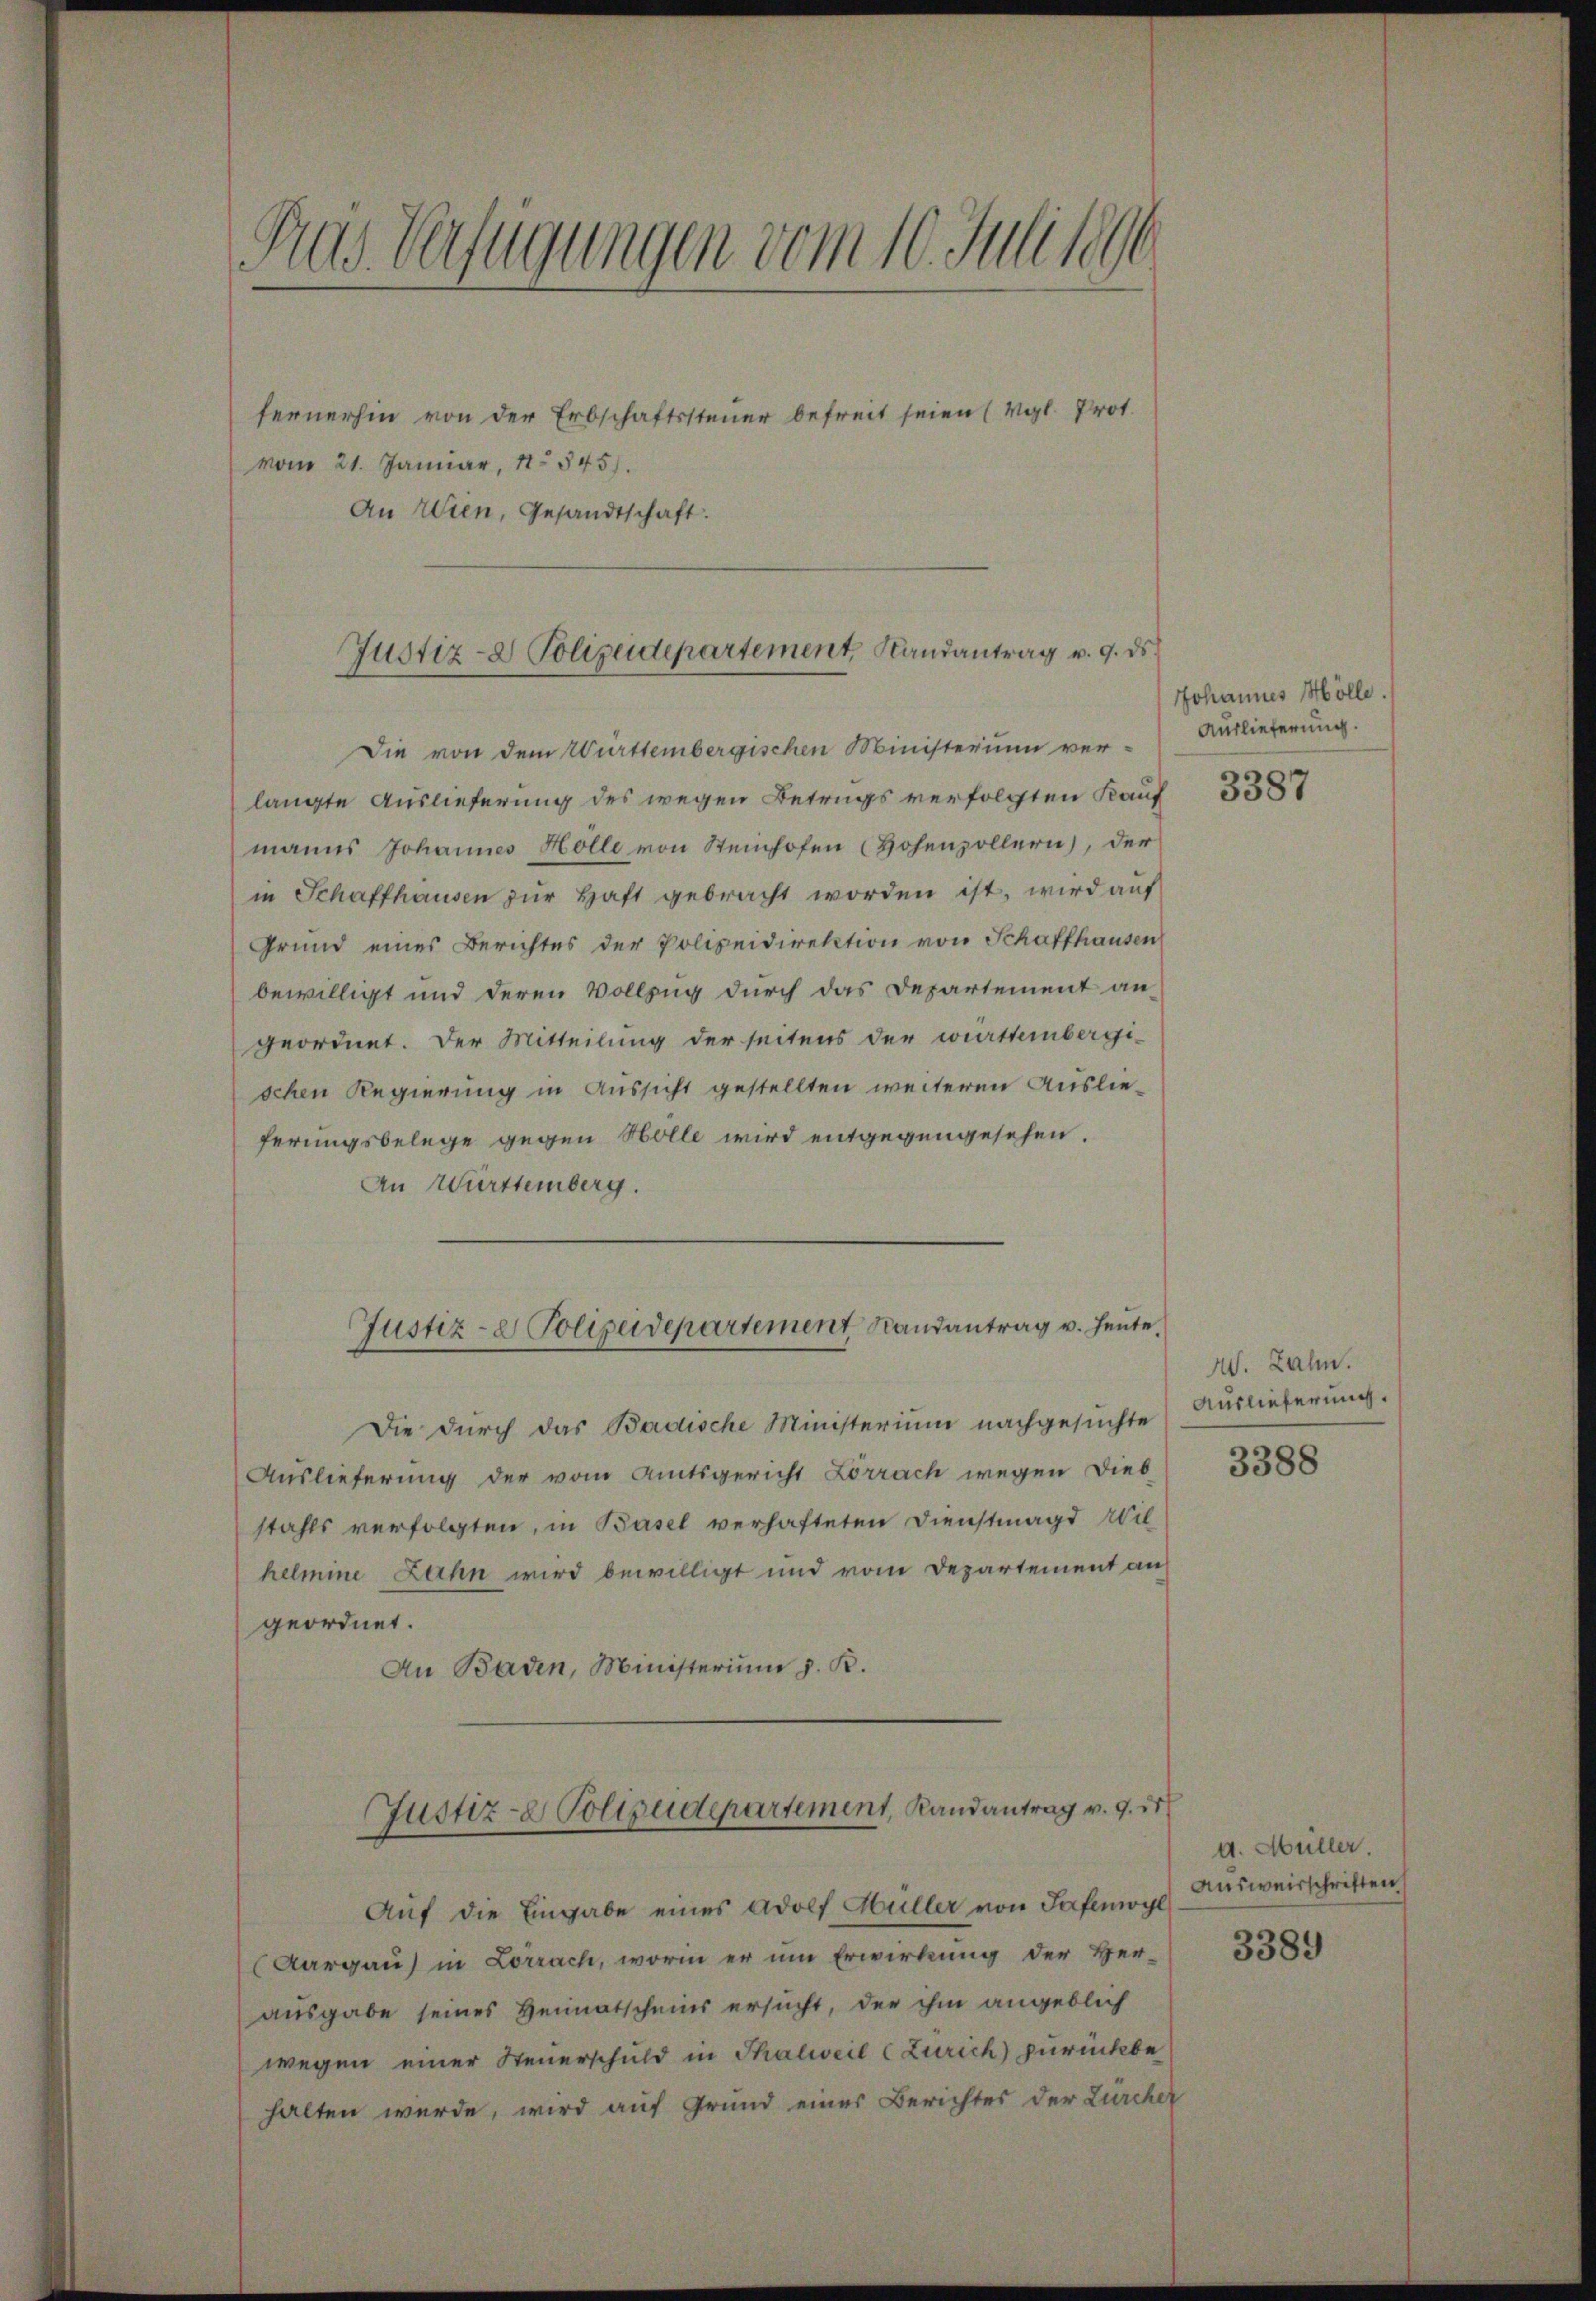
Pas Verfügungen vom 10. Juli 189

fernerhin von der Erbschaftssteuer befreit seien (Vgl. Prot.
vom 21. Januar, 1845).
An Wien, Gesandtschaft.

Die von dem Württembergischen Ministerium ver-
langte Auslieferung des wegen Betrugs verfolgten Kauf
manns Johannes Holle von Steinhofen (Hohenzollern), der
in Schaffhausen zŭr Haft gebracht worden ist, wird auf
Grund eines Berichtes der Polizeidirektion von Schaffhausen
bewilligt und deren Vollzug durch das Departement an
geordnet. Der Mitteilung der seitens der württembergischen Regierung in Aussicht gestellten weiteren Auslieferungsbelege gegen Holle wird entgegengesehen.
An Württemberg.
Die durch das Badische Ministerium nachgesuchte
Auslieferung der vom Amtsgericht Lörrach wegen Dieb
stahls verfolgten, in Basel verhafteten Dienstmagd Wil
helmine Zahn wird bewilligt und vom Departement an
geordnet.
An Baden, Ministerium d. R.
Justiz- Polizeidepartement, Randantrag v. 9. 15
Auf die Eingabe eines Adolf Müller von Tafemogl
Aargau) in Lorrach, worin er um Erwirkung der Her-
ausgabe seines Heimatscheins ersucht, der ihm angeblich
wegen einer Steuerschuld in Thalweil (Zürich) zurückbe
halten werde, wird auf Grund einer Berichtes der Zürcher

Justiz- & Polizeidepartement Randantrag v. 9. ds.

Justiz- & Polizeidepartement Randantrag u. heute.

Johannes Mölle.
Auslieferung.

3387

W. Zahn.
Auslieferung.

3388

4. Müller.
Ausweisschriften

3389